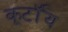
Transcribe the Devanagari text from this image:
कूर्टॉय